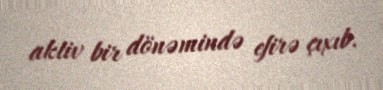
aktiv bir dönəmində efirə çıxıb.